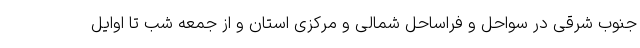
جنوب شرقی در سواحل و فراساحل شمالی و مرکزی استان و از جمعه شب تا اوایل